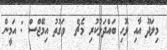
މިލަދޫ އާއި ޅޮހި ބައްދަލުކުރި މެޗް  ވަގުތު އިމޭޖްސް : އަމީން